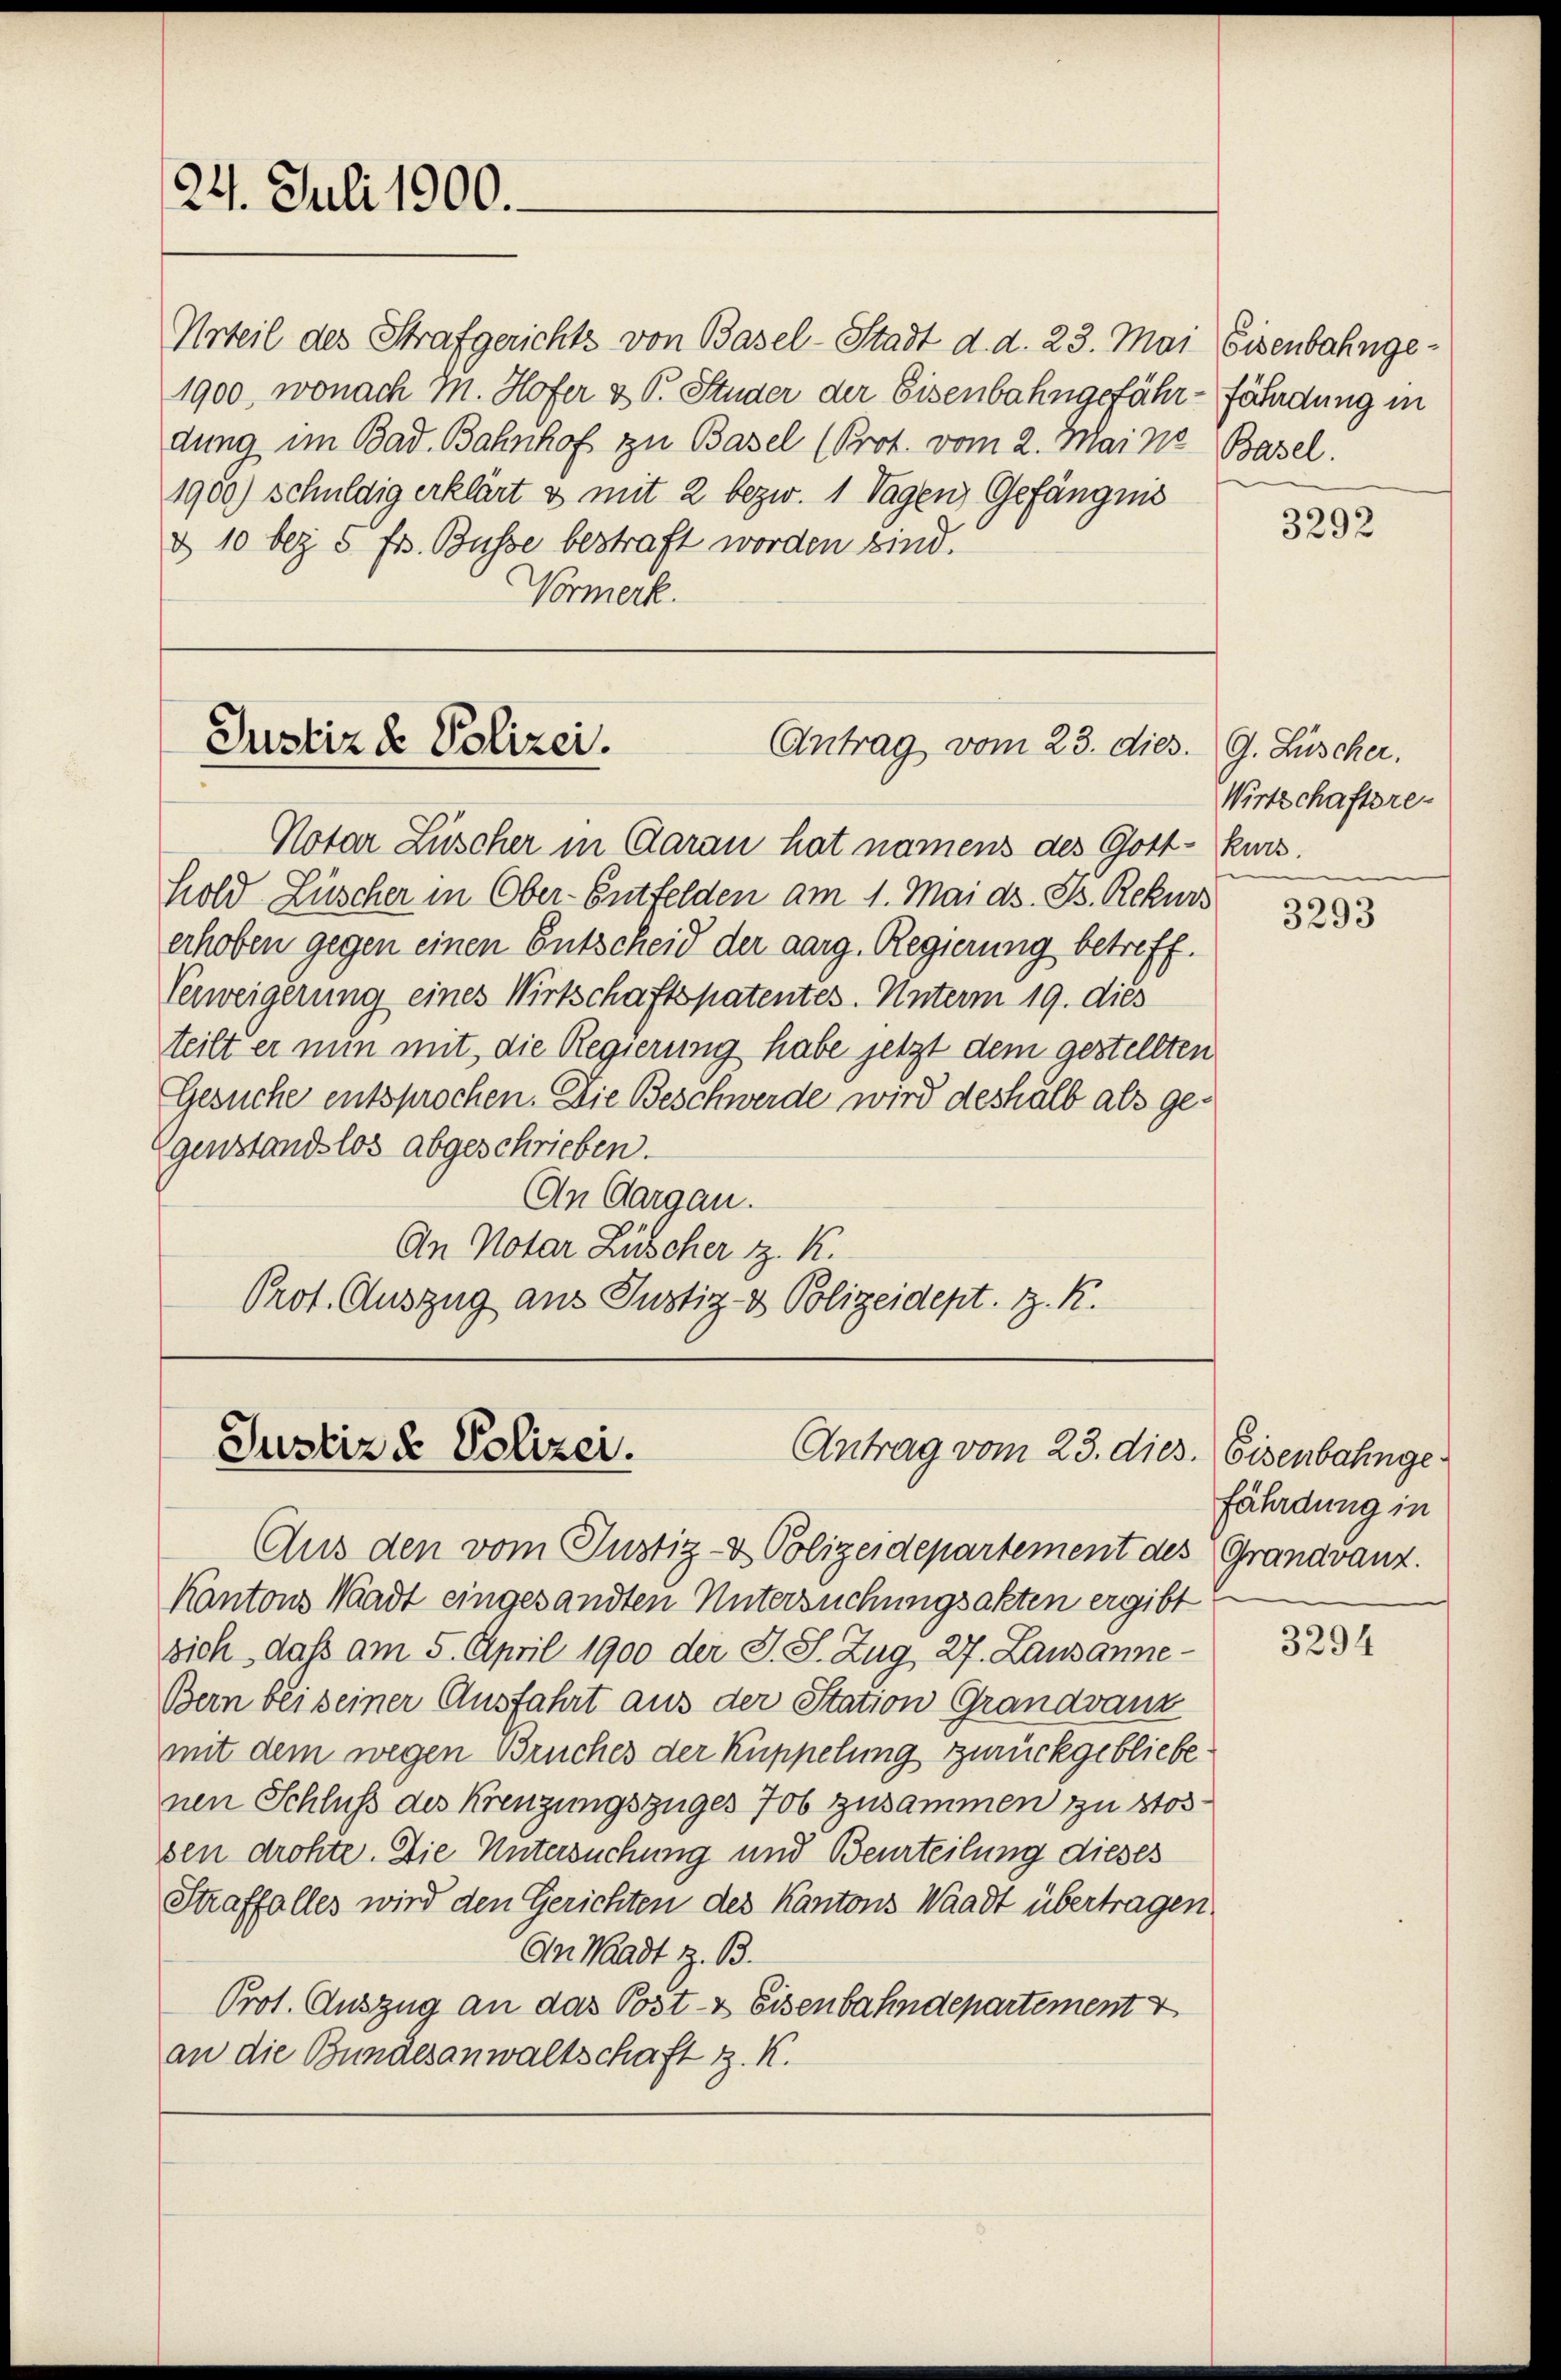
24. Juli 1900.

Justiz & Polizei.
Antrag vom 23. dier

Urteil des Strafgerichts von Basel-Stadt d. d. 23. Mai Eisenbahnge¬
1900, wonach M. Hofer & P. Studer der Eisenbahngefähr-fährdung in
dung im Bad. Bahnhof zu Basel (Prot. vom 2. Mai no Basel.
1900) schuldig erklärt & mit 2 bezw. 1 Tagen Gefängnis
d 10 bez 5 frs. Busse bestraft worden sind.
Vormerk.

Justiz & Polizei.
Antrag vom 23. dies. Eisenbahnge¬

Notar Lüscher in Caran hat namens des Gott-Kurs.
hold Lüscher in Ober-Entfelden am 1. Mai ds. B. Rekurs
erhoben gegen einen Entscheid der aarg. Regierung betreff.
Verweigerung eines Wirtschaftspatentes. Unterm 19. dies
teilt er nun mit die Regierung habe jetzt dem gestellten
Gesuche entsprochen. Die Beschwerde wird deshalb als gegenstandslos abgeschrieben.
An Aargau.
An Notar Lüscher z. K.
Prot. Auszug aus Justiz- & Polizeidept. B. K.

Aus den vom Justiz- & Polizeidepartement des Grandvanz.
Kantons Waadt eingesandten Untersuchungsakten ergibt
sich, daß am 5. April 1900 der J. S. Zug, 27. Lausanne
Bern bei seiner Ausfahrt aus der Station Grandvanz
mit dem wegen Bruches der Kuppelung zurückgebliebenen Schluß des Kreuzungszuges 706 zusammen zu stos
sen drohte. Die Untersuchung und Beurteilung dieses
Straffalles wird den Gerichten des Kantons Waadt übertragen.
An Waadt z. B.
Prot. Auszug an das Post- & Eisenbahndepartement
an die Bundesanwaltschaft z. K.

3292

G. Lüscher.
Wirtschaftsre¬

3293

fährdung in

3294